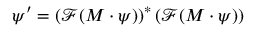
\psi ^ { \prime } = \left( \mathcal { F } ( M \cdot \psi ) \right) ^ { * } \left( \mathcal { F } ( M \cdot \psi ) \right)